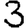
Digit: 3